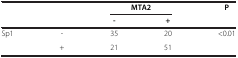
| <ROWSPAN=2-COLSPAN=2>  | <COLSPAN=2> MTA2 | <ROWSPAN=2> P |
 | - | + |
 | --- | --- | --- | --- | --- |
 | <ROWSPAN=2> Sp1 | - | 35 | 20 | <ROWSPAN=2> <0.01 |
 | + | 21 | 51 |